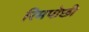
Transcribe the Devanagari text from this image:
रिमपोछी